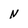
Character: N